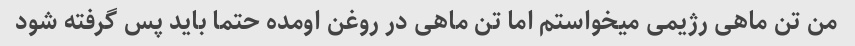
من تن ماهی رژیمی میخواستم اما تن ماهی در روغن اومده حتما باید پس گرفته شود